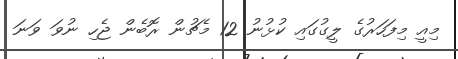
މިއީ މިފަހަރުގެ ލީގުގައި ކުޅުނު 12 މެޗުން ރޮބެން ޖެހި ނުވަ ވަނަ